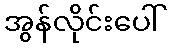
အွန်လိုင်းပေါ်